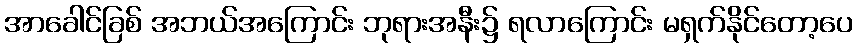
အာခေါင်ခြစ် အဘယ်အကြောင်း ဘုရားအနီး၌ ရလာကြောင်း မရှက်နိုင်တော့ပေ